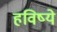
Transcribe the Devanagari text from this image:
हविष्ये